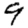
Digit: 9